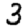
Digit: 3